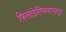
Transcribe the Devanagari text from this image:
फिलाडेल्फियापासून